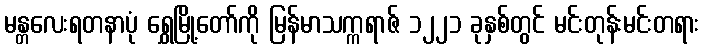
မန္တလေးရတနာပုံ ရွှေမြို့တော်ကို မြန်မာသက္ကရာဇ် ၁၂၂၁ ခုနှစ်တွင် မင်းတုန်းမင်းတရား